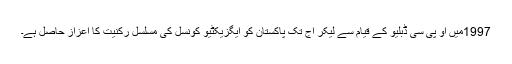
1997میں او پی سی ڈبلیو کے قیام سے لیکر آج تک پاکستان کو ایگزیکٹیو کونسل کی مسلسل رکنیت کا اعزاز حاصل ہے۔